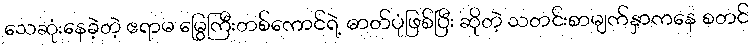
သေဆုံးနေခဲ့တဲ့ ဧရာမ မြွေကြီးတစ်ကောင်ရဲ့ ဓာတ်ပုံဖြစ်ပြီး ဆိုတဲ့ သတင်းစာမျက်နှာကနေ စတင်